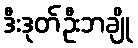
ဒီးဒုတ်ဦးဘချို